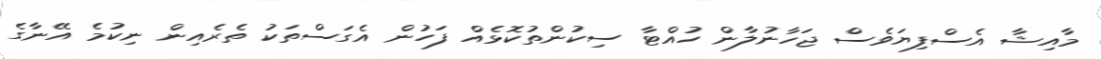
މާއިޝާ އެސްފިޔަވެސް ޖަހާނުލާން ހުއްޓާ ސިކުންތުކޮޅެއް ފަހުން އެގަސްތަކު ތެރެއިން ނިކުމެ އޭނާގެ